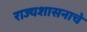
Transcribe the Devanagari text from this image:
राज्यशासनाचे